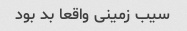
سیب زمینی واقعا بد بود